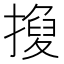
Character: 𢴼